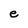
Character: e